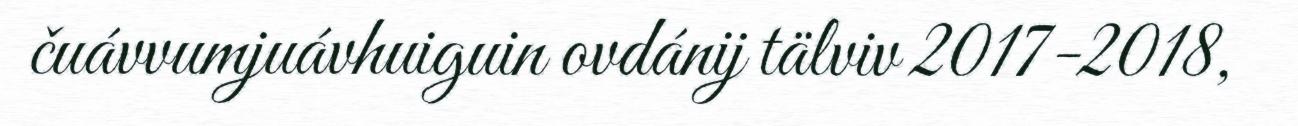
čuávvumjuávhuiguin ovdánij tälviv 2017-2018,